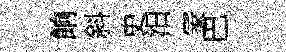
餉斜史汨冡巴